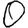
Digit: 0